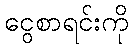
ငွေစာရင်းကို